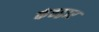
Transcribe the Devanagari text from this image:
कंठद्वार